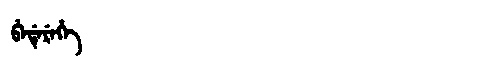
Manchu: ᠪᡝᡩᡝᡵᡝᡥᡝ
Romanization: BEDEREHE